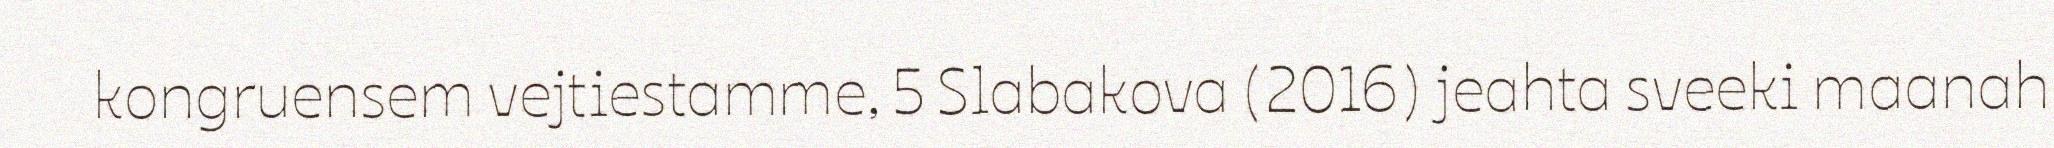
kongruensem vejtiestamme, 5 Slabakova (2016) jeahta sveeki maanah